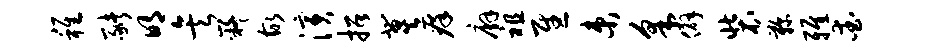
稚猪明矣嶷故演招冀痒廨祖慰束采僻装鞠雅爱